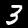
Label: 3